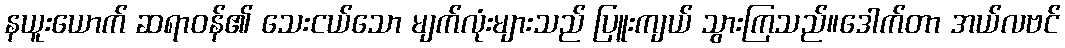
နယူးယောက် ဆရာဝန်၏ သေးငယ်သော မျက်လုံးများသည် ပြူးကျယ် သွားကြသည်။ဒေါက်တာ အယ်လဗင်